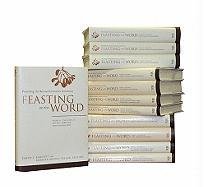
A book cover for Feasting on the Word, Complete 12-Volume Set; Christian Books & Bibles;